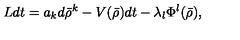
L d t = a _ { k } d \bar { \rho } ^ { k } - V ( \bar { \rho } ) d t - \lambda _ { l } \Phi ^ { l } ( \bar { \rho } ) ,